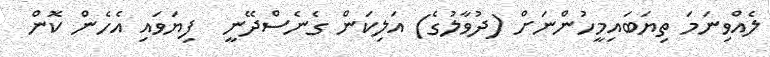
ލެއްވިނަމަ ތިޔަބައިމީހުންނަށް (ދުވާލުގެ) އަލިކަން ގެނެސްދޭނީ  ފިޔަވައި އެހެން ކޮން